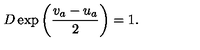
D \exp \left( \frac { v _ { a } - u _ { a } } { 2 } \right) = 1 .